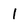
Character: 1